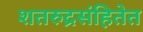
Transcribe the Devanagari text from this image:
शतरुद्रसंहितेत